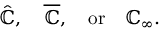
{ \hat { \mathbb { C } } } , \quad { \overline { { \mathbb { C } } } } , \quad { \mathrm { o r } } \quad \mathbb { C } _ { \infty } .